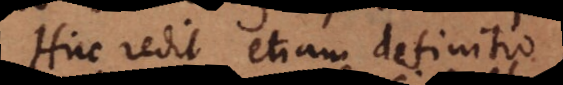
Huc redit etiam definitio;